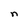
Character: n